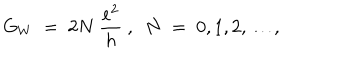
G _ { W } \; = \; 2 N ~ \frac { e ^ { 2 } } { h } ~ , ~ ~ N \; = \; 0 , 1 , 2 , \ldots ,